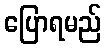
ပြောရမည်